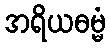
အရိယဓမ္မံ